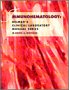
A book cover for Delmar's Clinical Lab Manual Series: Immunohematology (Clinical Laboratory Manual); Sheryl Whitlock; Medical Books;